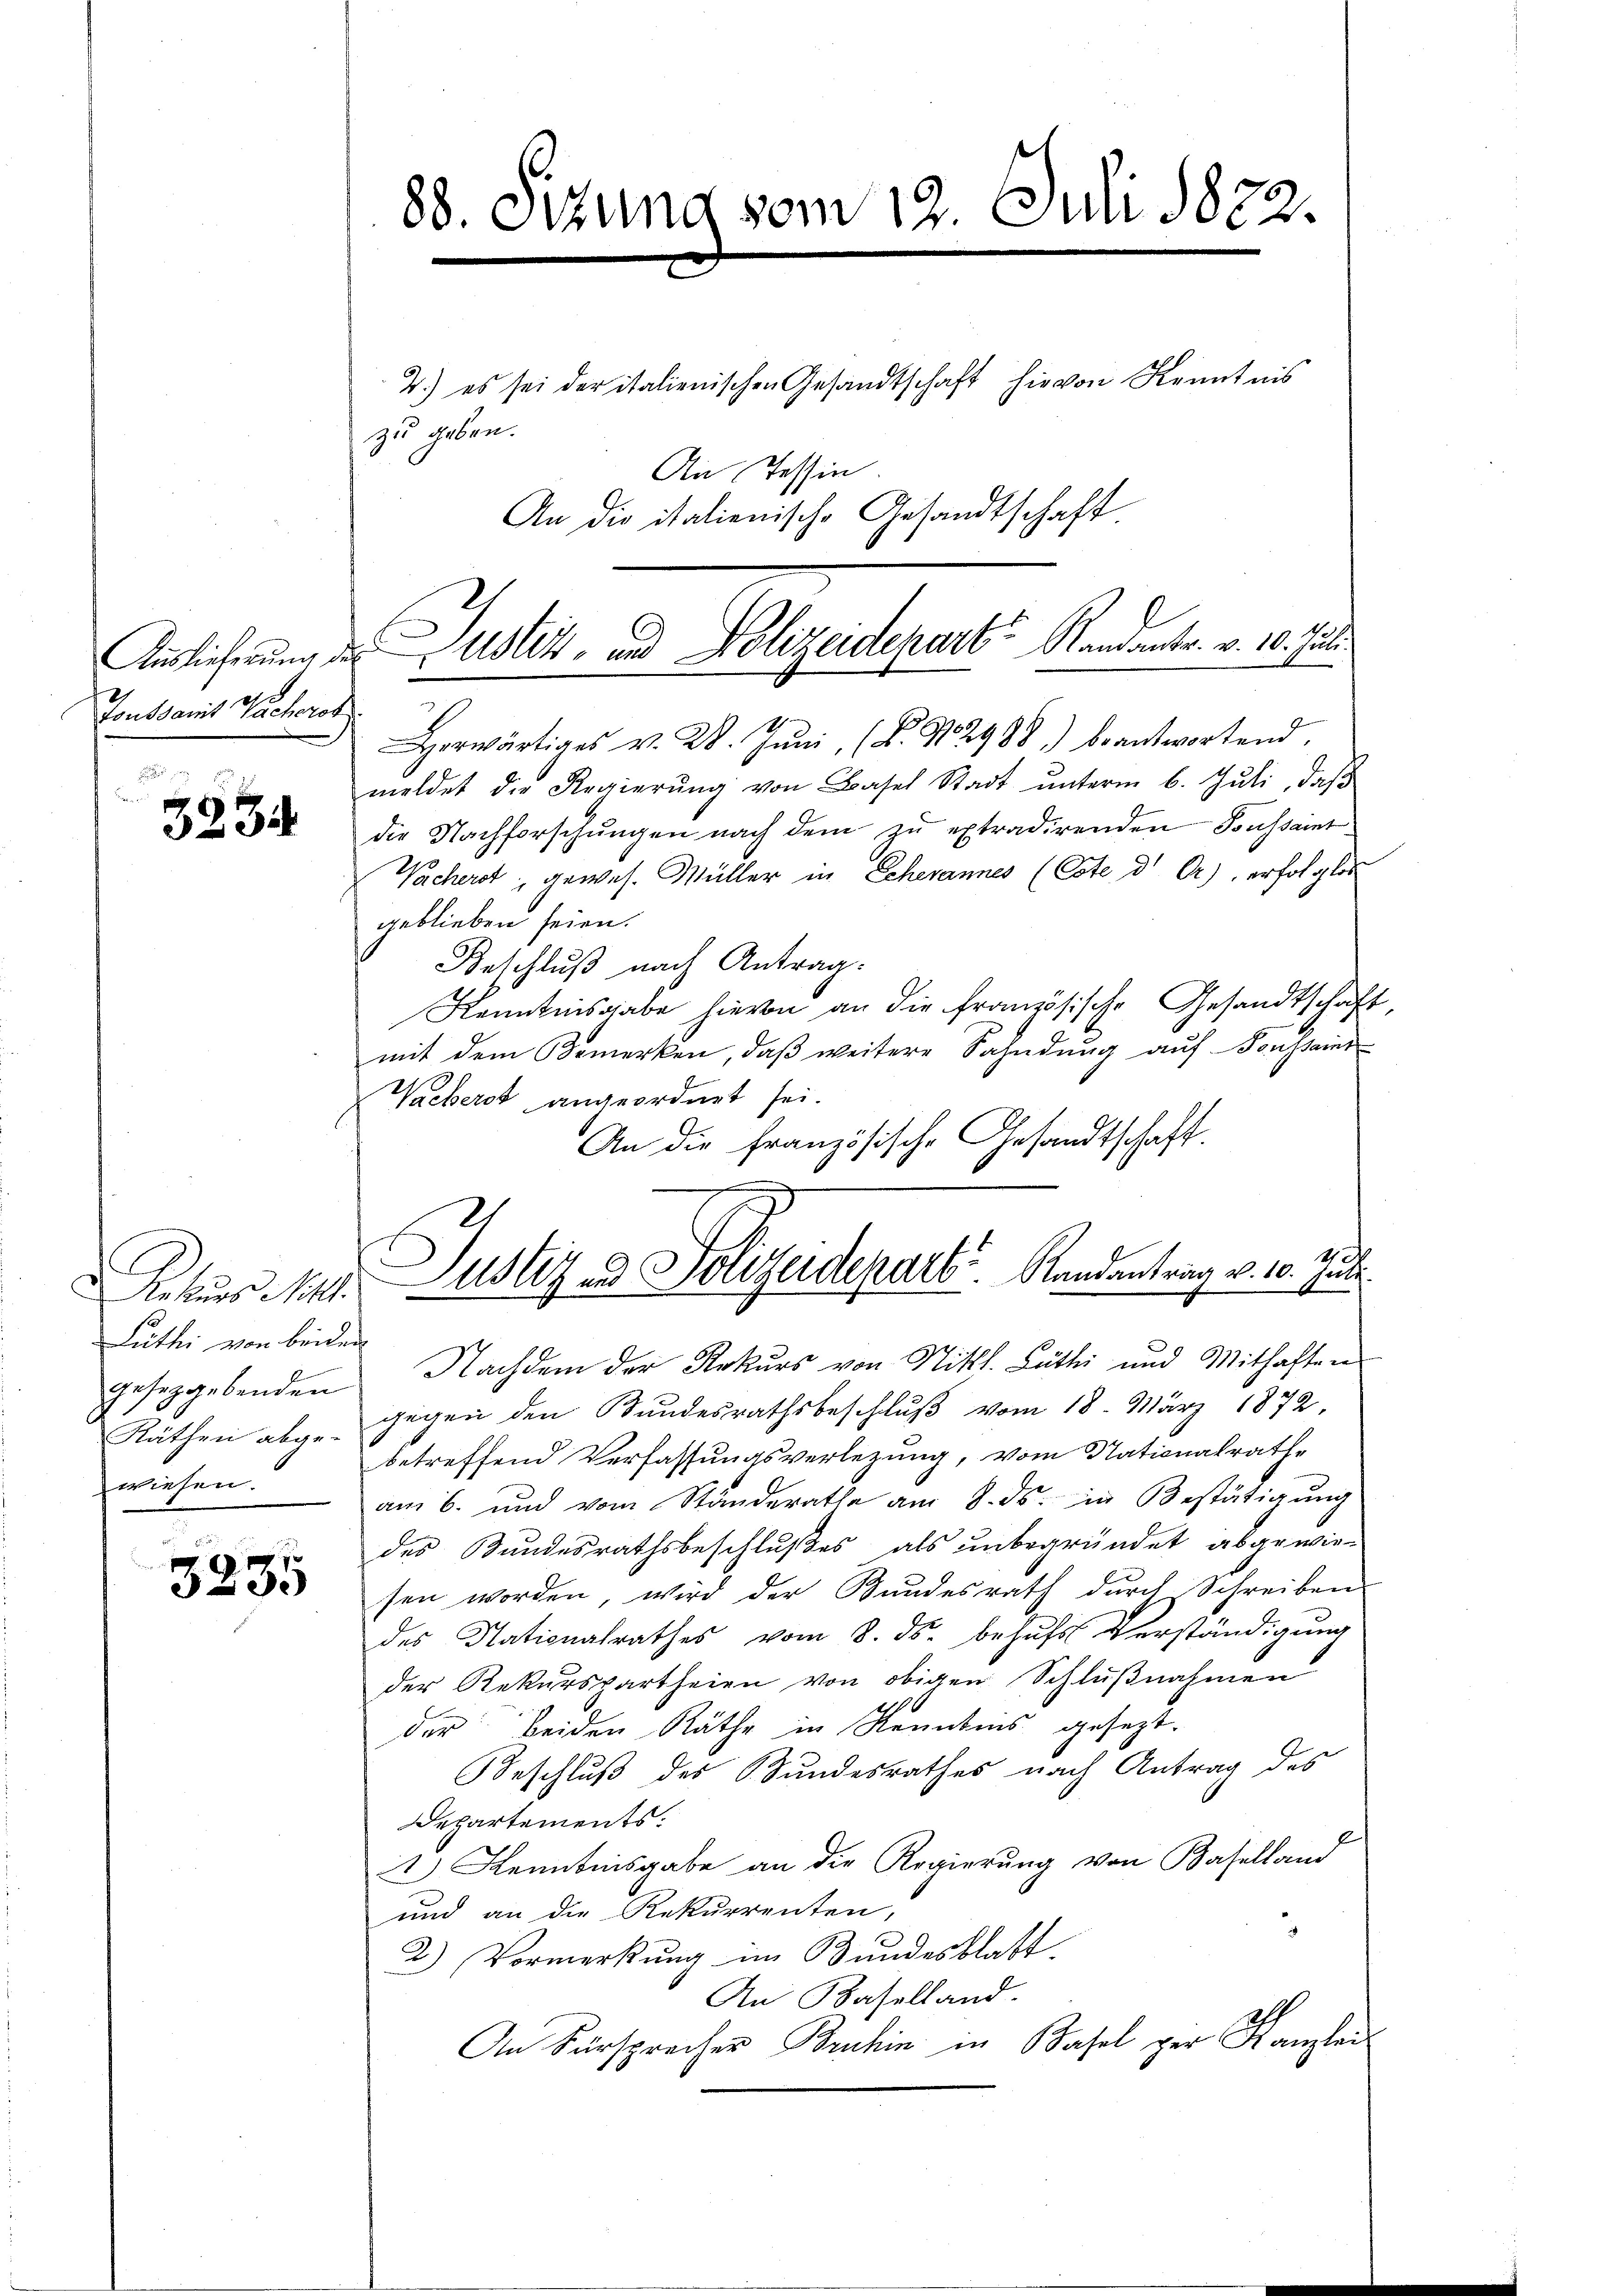
Tonsdamit Sacherst

3234

Rekurs ist.
Luthe von beiden
Räthen abge-
wiesen.

9
323.

4.) es sei der italienischen Gesandtschaft hievon Kenntnis
An Tessin.
An die italienische Gesandtschaft.

88. Sitzung vom 12. Juli 1822.

zu geben.

Herwärtiges v. 2. Jŭni (B. No 2988.) beantwortend.
meldet die Regierŭng von Basel Stadt ŭnterm 6. Jŭli, daβ
die Nachforschŭngen nach dem zŭ extradirenden Toussaint
Wacherst gewes. Müller in Scherannes (Cste d. Cr), erfolglos
geblieben seien.
Beschluß nach Antrag.
Kenntnisgabe hievon an die französische Gesandtschaft
mit dem Bemerken, daß weitere Sahndung auf Sonstains
Waeberst angeordnet sei.
An die französische Gesandtschaft.
gesetzgebenden Nachdem der Rekurs von Nittl. Lüthi und Mithaften
gegen den Bundesrathsbeschluß vom 18. März 1872,
betreffend Verfassungsverletzung, vom Nationalrathe
am 6. und vom Ständerathe am 8. ds. in Bestätigŭng
des Bundesrathsbeschlußes als unbegründet abgewie-
sen worden, wird der Bundesrath durch Schreiben
des Nationalrathes vom 8. ds. behŭfs Verständigung
der Rekurspartheien von obigen Schlußnahmen
der beiden Räthe in Kenntnis gesezt.
Beschluß des Bundesrathes nach Antrag des
Departements:
1) Kenntnisgabe an die Regierung von Baselland
und an die Rekurrenten,
2.) Vormerkung im Bundesblatt
An Baselland.
An Fürsprecher Bruhin in Basel ger Kanzlei

Auslieferung des Uster- und Polizeidepart Randante. v. 10. Juli.

4 d.
Justiz - Polizeidepart. Randantrag v. 10. Juli.